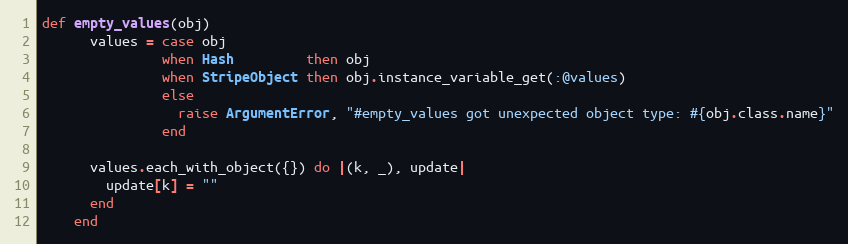
Language: Ruby
def empty_values(obj)
      values = case obj
               when Hash         then obj
               when StripeObject then obj.instance_variable_get(:@values)
               else
                 raise ArgumentError, "#empty_values got unexpected object type: #{obj.class.name}"
               end

      values.each_with_object({}) do |(k, _), update|
        update[k] = ""
      end
    end